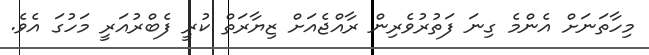
މިހާތަނަށް އެންމެ ގިނަ ފަތުރުވެރިން ރާއްޖެއަށް ޒިޔާރަތް ކުރީ ފެބްރުއަރީ މަހުގަ އެވެ.